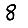
Digit: 8